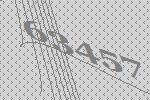
63457